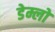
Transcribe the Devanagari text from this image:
डेम्लो